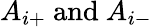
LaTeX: A_{i+}~\textrm{and}~A_{i-}